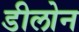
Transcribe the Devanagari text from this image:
डीलोन